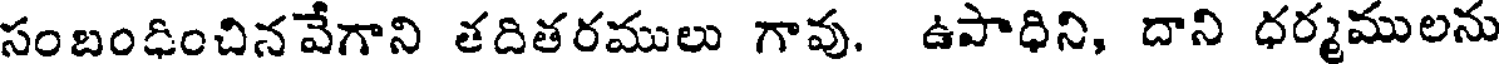
సంబంధించిన వేగాని తదితరములు గావు. ఉపాధిని, దాని ధర్మములను